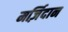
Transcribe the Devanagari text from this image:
मर्ज़िदान